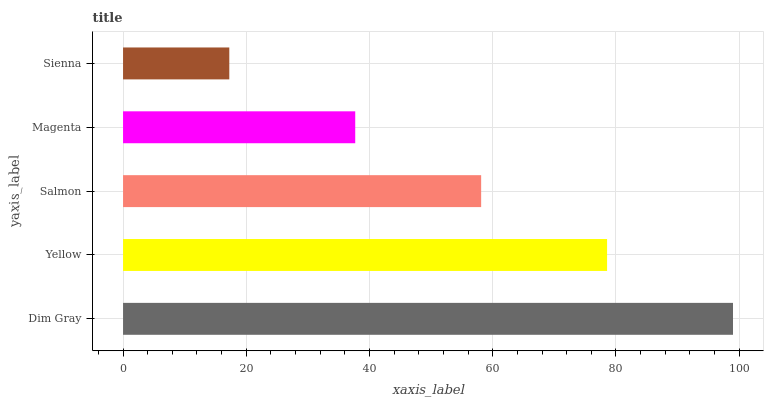
| yaxis_label | bars |
 | --- | --- |
 | Dim Gray | 99 |
 | Yellow | 78.6 |
 | Salmon | 58.1 |
 | Magenta | 37.7 |
 | Sienna | 17.2 |